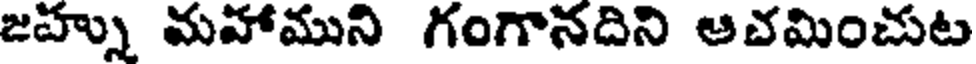
జహ్ను మహాముని గంగానదిని అచమించుట